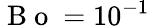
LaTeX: \mathrm{~B~o~}=10^{-1}